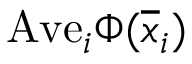
\mathrm { A v e } _ { i } \Phi ( \overline { { x } } _ { i } )